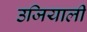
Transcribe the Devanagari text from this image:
उजियाली